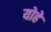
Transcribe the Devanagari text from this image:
योहे